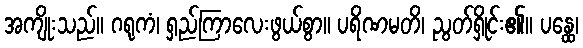
အကျိုးသည်။ ဂရုကံ၊ ရှည်ကြာလေးဖွယ်စွာ။ ပရိဏမတိ၊ ညွတ်ရှိုင်း၏။ ပန္ထေ၊